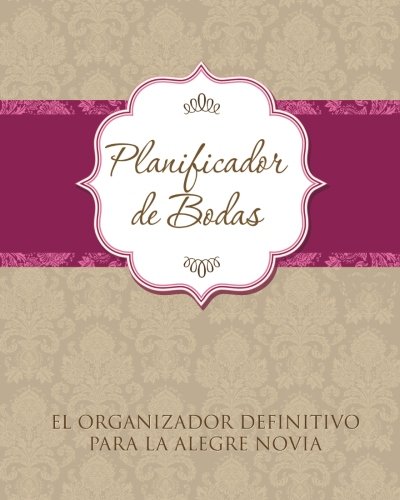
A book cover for Planificador De Bodas: El Organizador Definitivo Para La Alegre Novia (Spanish Edition); Speedy Publishing LLC; Crafts, Hobbies & Home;